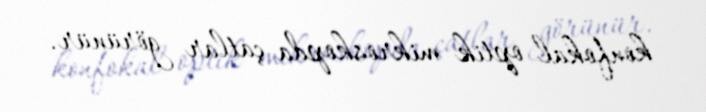
konfokal optik mikroskopda çatlar görünür.